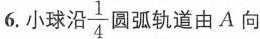
6. 小球沿\ frac{1}{4}圆弧轨道由 A 向